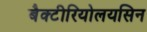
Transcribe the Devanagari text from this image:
बैक्टीरियोलयसिन